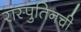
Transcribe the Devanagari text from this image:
रास्पुतिनची